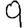
Digit: 9